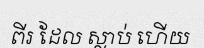
ពីរ ដែល ស្លាប់ ហើយ